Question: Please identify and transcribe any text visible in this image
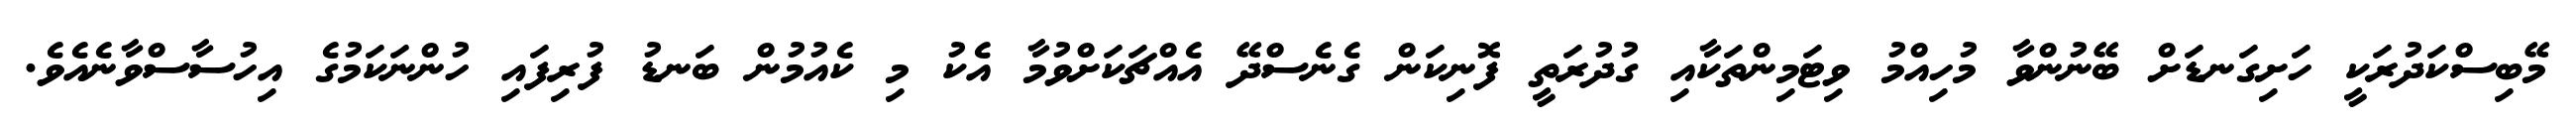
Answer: މޭބިސްކަދުރަކީ ހަށިގަނޑަށް ބޭނުންވާ މުހިއްމު ވިޓަމިންތަކާއި ގުދުރަތީ ފޮނިކަން ގެނެސްދޭ އެއްޗަކަށްވުމާ އެކު މި ކެއުމުން ބަނޑު ފުރިފައި ހުންނަކަމުގެ އިހުސާސްވާނެއެވެ.